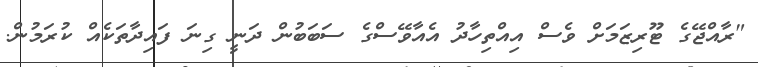
"ރާއްޖޭގެ ޓޫރިޒަމަށް ވެސް އިއްތިހާދު އެއާވޭސްގެ ސަބަބުން ދަނީ ގިނަ ފައިދާތަކެއް ކުރަމުން.